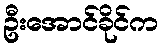
ဦးအောင်ခိုင်က